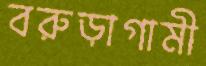
বরুড়াগামী